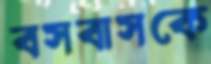
বসবাসকে